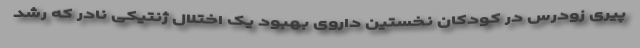
پیری زودرس در کودکان نخستین داروی بهبود یک اختلال ژنتیکی نادر که رشد